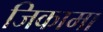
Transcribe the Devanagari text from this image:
जिकामा